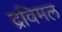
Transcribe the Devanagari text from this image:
द्रविमल